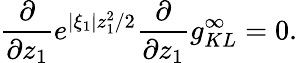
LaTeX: \frac{\partial}{\partial z_{1}}e^{|\xi_{1}|z_{1}^{2}/2}\frac{\partial}{\partial z_{1}}g_{KL}^{\infty}=0.